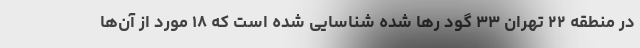
در منطقه ۲۲ تهران ۳۳ گود رها شده شناسایی شده است که ۱۸ مورد از آن‌ها